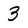
Character: 3